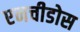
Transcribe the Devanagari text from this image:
एनचीडोस